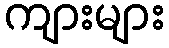
ကျားများ